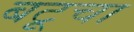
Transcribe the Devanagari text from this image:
बटूचा